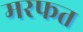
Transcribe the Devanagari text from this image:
मरफत